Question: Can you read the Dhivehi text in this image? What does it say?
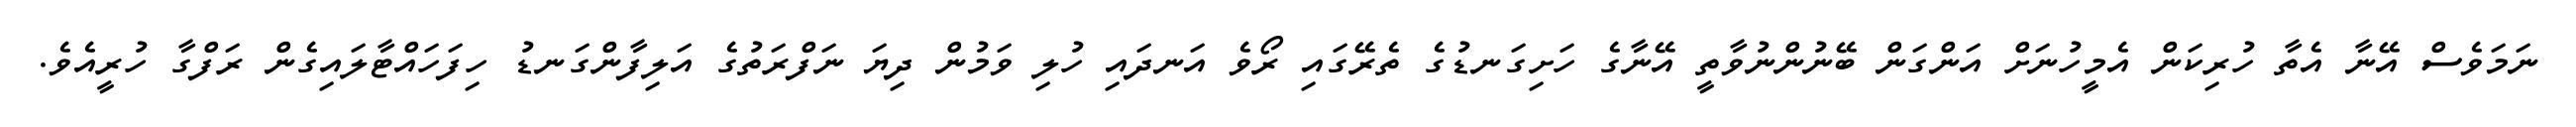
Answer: ނަމަވެސް އޭނާ އެތާ ހުރިކަން އެމީހުނަށް އަންގަން ބޭނުންނުވާތީ އޭނާގެ ހަށިގަނޑުގެ ތެރޭގައި ރޯވެ އަނދައި ހުލި ވަމުން ދިޔަ ނަފްރަތުގެ އަލިފާންގަނޑު ހިފަހައްޓާލައިގެން ރަފްގާ ހުރީއެވެ.